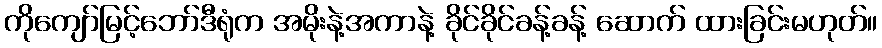
ကိုကျော်မြင့်ဘော်ဒီရုံက အမိုးနဲ့အကာနဲ့ ခိုင်ခိုင်ခန့်ခန့် ဆောက် ထားခြင်းမဟုတ်။